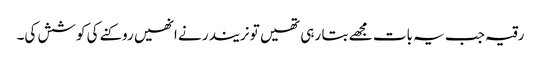
رقیہ جب یہ بات مجھے بتا رہی تھیں تو نریندر نے انھیں روکنے کی کوشش کی۔